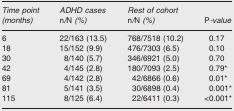
<table><thead><tr><td rowspan="2"><b><i>Time point (months)</i></b></td><td><b><i>ADHD cases</i> n/N (%)</b></td><td><b><i>Rest of cohort</i> n/N (%)</b></td><td><b>P-<i>value</i></b></td></tr></thead><tbody><tr><td>6</td><td>22/163 (13.5)</td><td>768/7518 (10.2)</td><td>0.17</td></tr><tr><td>18</td><td>15/152 (9.9)</td><td>476/7303 (6.5)</td><td>0.10</td></tr><tr><td>30</td><td>8/140 (5.7)</td><td>346/6921 (5.0)</td><td>0.70</td></tr><tr><td>42</td><td>4/145 (2.8)</td><td>180/7093 (2.5)</td><td>0.79*</td></tr><tr><td>69</td><td>4/142 (2.8)</td><td>42/6866 (0.6)</td><td>0.01*</td></tr><tr><td>81</td><td>5/141 (3.5)</td><td>30/6898 (0.4)</td><td>0.001*</td></tr><tr><td>115</td><td>8/125 (6.4)</td><td>22/6411 (0.3)</td><td>&lt;0.001*</td></tr></tbody></table>